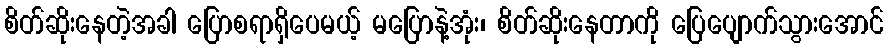
စိတ်ဆိုးနေတဲ့အခါ ပြောစရာရှိပေမယ့် မပြောနဲ့အုံး၊ စိတ်ဆိုးနေတာကို ပြေပျောက်သွားအောင်